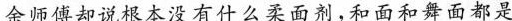
余师傅却说根本没有什么柔面剂，和面和舞面都是